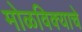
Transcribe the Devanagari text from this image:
मोळविक्याचे